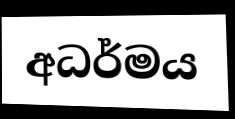
අධර්මය